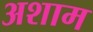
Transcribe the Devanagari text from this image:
अशाम